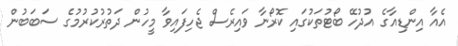
އެއާ އިންޑިއާގެ އުދުހޭ ބޯޓުތަކުގައި ކޮރޯނާ ވައިރެސް ޖެހިފައިވާ މީހުން ދަތުރުކުރުމުގެ ސަބަބުން